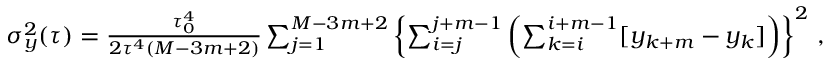
\begin{array} { r } { \sigma _ { y } ^ { 2 } ( \tau ) = \frac { \tau _ { 0 } ^ { 4 } } { 2 \tau ^ { 4 } ( M - 3 m + 2 ) } \sum _ { j = 1 } ^ { M - 3 m + 2 } \left\{ \sum _ { i = j } ^ { j + m - 1 } \left( \sum _ { k = i } ^ { i + m - 1 } [ y _ { k + m } - y _ { k } ] \right) \right\} ^ { 2 } \, , } \end{array}